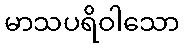
မာသပရိဝါသော